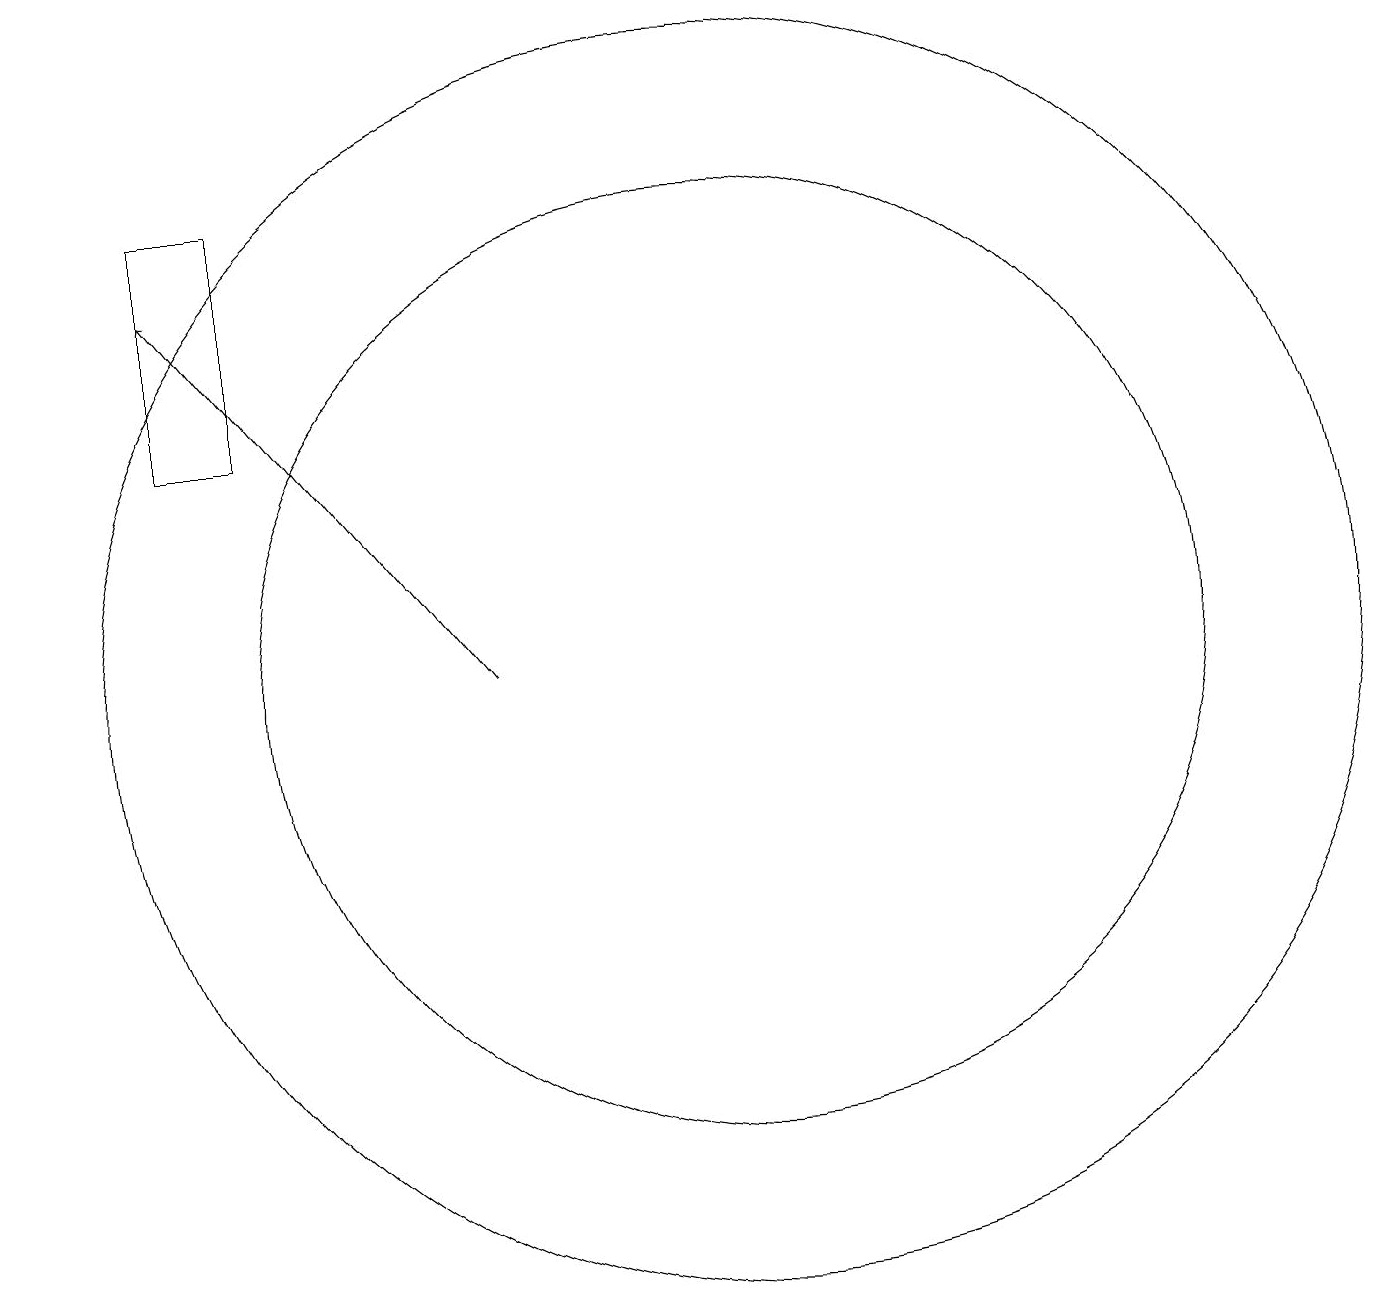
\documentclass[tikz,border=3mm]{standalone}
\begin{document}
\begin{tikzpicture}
\draw (5,14) rectangle (4,17);
\draw[->] (8,11) -- (4,16);
\draw (11,11) circle (6);
\draw (11,11) circle (8);
\draw (2,14) rectangle (2,14);
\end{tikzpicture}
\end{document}